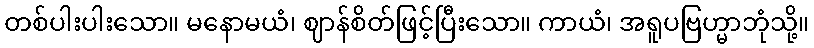
တစ်ပါးပါးသော။ မနောမယံ၊ ဈာန်စိတ်ဖြင့်ပြီးသော။ ကာယံ၊ အရူပဗြဟ္မာဘုံသို့။